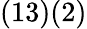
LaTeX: ({13})({2})